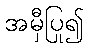
အမှီပြု၍